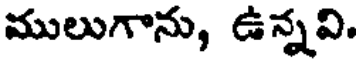
ములుగాను, ఉన్నవి.